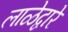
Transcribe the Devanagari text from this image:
लाळेद्वारे